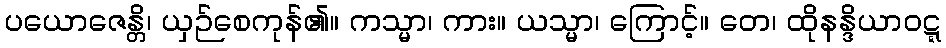
ပယောဇေန္တိ၊ ယှဉ်စေကုန်၏။ ကသ္မာ၊ ကား။ ယသ္မာ၊ ကြောင့်။ တေ၊ ထိုနန္ဒိယာဝဋ္ဋ